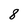
Character: 8